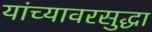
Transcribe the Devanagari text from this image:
यांच्यावरसुद्धा